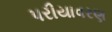
પરીયાવરણ